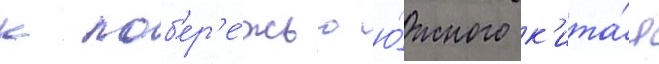
к поб'ер'е́жью ю́жного к'ита́я